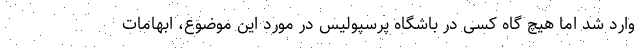
وارد شد اما هیچ گاه کسی در باشگاه پرسپولیس در مورد این موضوع، ابهامات